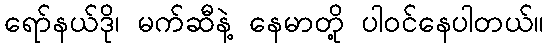
ရော်နယ်ဒို၊ မက်ဆီနဲ့ နေမာတို့ ပါဝင်နေပါတယ်။